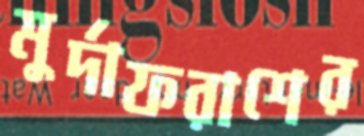
মুর্দাফরাশের